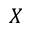
X